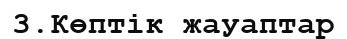
3.Көптік жауаптар